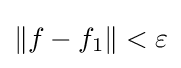
\|f-f_{1}\|<\varepsilon